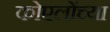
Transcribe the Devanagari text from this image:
कोएलोंच्या